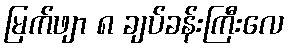
မြက်ဖျာ ၈ ချပ်ခန်းကြီးလေ